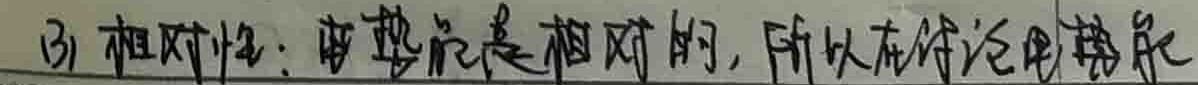
(3) 相对性：电势能是相对的，所以在讨论电势能